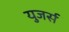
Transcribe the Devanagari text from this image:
युजर्स